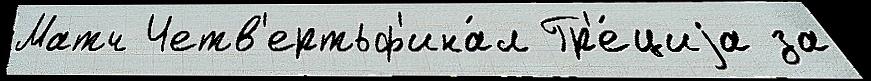
Матч Четв'ертьф'ина́л Гр'е́циjа за